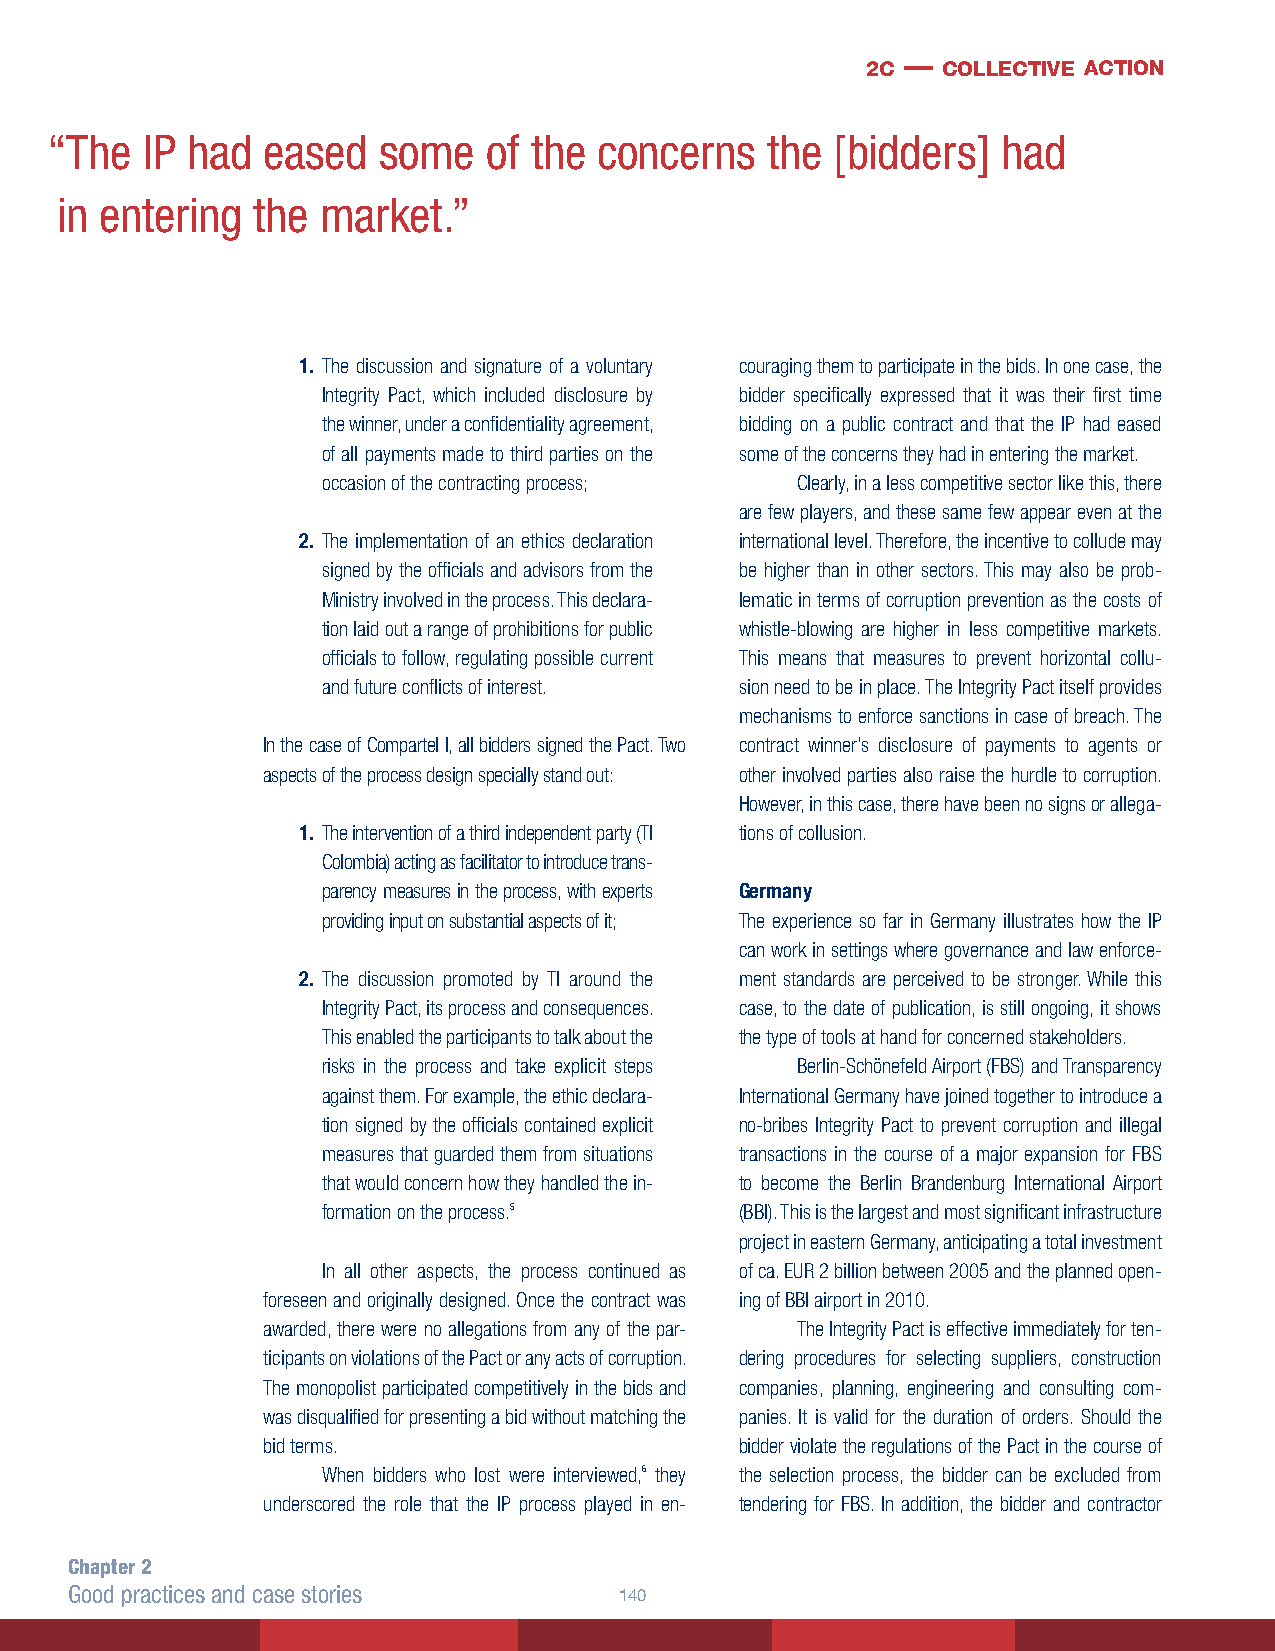
2c — collective action
 “ The IP had  eased   some   of the  concerns   the [bidders]  had
 in entering  the market.”
 1. The discussion and signature of a voluntary couraging them to participate in the bids. In one case, the
 Integrity Pact, which included disclosure by bidder specifically expressed that it was their first time
 the winner, under a confidentiality agreement, bidding on a public contract and that the IP had eased
 of all payments made to third parties on the some of the concerns they had in entering the market.
 occasion of the contracting process; Clearly, in a less competitive sector like this, there
 are few players, and these same few appear even at the
 2. The implementation of an ethics declaration international level. Therefore, the incentive to collude may
 signed by the officials and advisors from the be higher than in other sectors. This may also be prob-
 Ministry involved in the process. This declara- lematic in terms of corruption prevention as the costs of
 tion laid out a range of prohibitions for public whistle-blowing are higher in less competitive markets.
 officials to follow, regulating possible current This means that measures to prevent horizontal collu-
 and future conflicts of interest. sion need to be in place. The Integrity Pact itself provides
 mechanisms to enforce sanctions in case of breach. The
 In the case of Compartel I, all bidders signed the Pact. Two contract winner’s disclosure of payments to agents or
 aspects of the process design specially stand out: other involved parties also raise the hurdle to corruption.
 However, in this case, there have been no signs or allega-
 1. The intervention of a third independent party (TI tions of collusion.
 Colombia) acting as facilitator to introduce trans-
 parency measures in the process, with experts Germany
 providing input on substantial aspects of it; The experience so far in Germany illustrates how the IP
 can work in settings where governance and law enforce-
 2. The discussion promoted by TI around the ment standards are perceived to be stronger. While this
 Integrity Pact, its process and consequences. case, to the date of publication, is still ongoing, it shows
 This enabled the participants to talk about the the type of tools at hand for concerned stakeholders.
 risks in the process and take explicit steps Berlin-Schönefeld Airport (FBS) and Transparency
 against them. For example, the ethic declara- International Germany have joined together to introduce a
 tion signed by the officials contained explicit no-bribes Integrity Pact to prevent corruption and illegal
 measures that guarded them from situations transactions in the course of a major expansion for FBS
 that would concern how they handled the in- to become the Berlin Brandenburg International Airport
 formation on the process.5  (BBI). This is the largest and most significant infrastructure
 project in eastern Germany, anticipating a total investment
 In all other aspects, the process continued as of ca. EUR 2 billion between 2005 and the planned open-
 foreseen and originally designed. Once the contract was ing of BBI airport in 2010.
 awarded, there were no allegations from any of the par- The Integrity Pact is effective immediately for ten-
 ticipants on violations of the Pact or any acts of corruption. dering procedures for selecting suppliers, construction
 The monopolist participated competitively in the bids and companies, planning, engineering and consulting com-
 was disqualified for presenting a bid without matching the panies. It is valid for the duration of orders. Should the
 bid terms.                      bidder violate the regulations of the Pact in the course of
 When bidders who lost were interviewed,6 they the selection process, the bidder can be excluded from
 underscored the role that the IP process played in en- tendering for FBS. In addition, the bidder and contractor
 Chapter 2
 Good practices and case stories     140